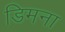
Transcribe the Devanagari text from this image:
डिमना